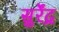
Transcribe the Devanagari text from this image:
सुर्रेंद्र